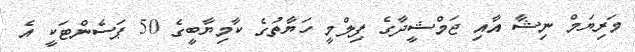
މަރިޔަމް ނިޝާ އާއި ޖަމްޝީދާގެ ފިލްމީ ހަޔާތުގެ ކާމިޔާބީގެ 50 ޕަސެންޓަކީ އެ